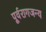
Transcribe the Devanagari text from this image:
पूर्वरागजन्य